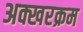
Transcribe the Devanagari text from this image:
अक्खरक्रम